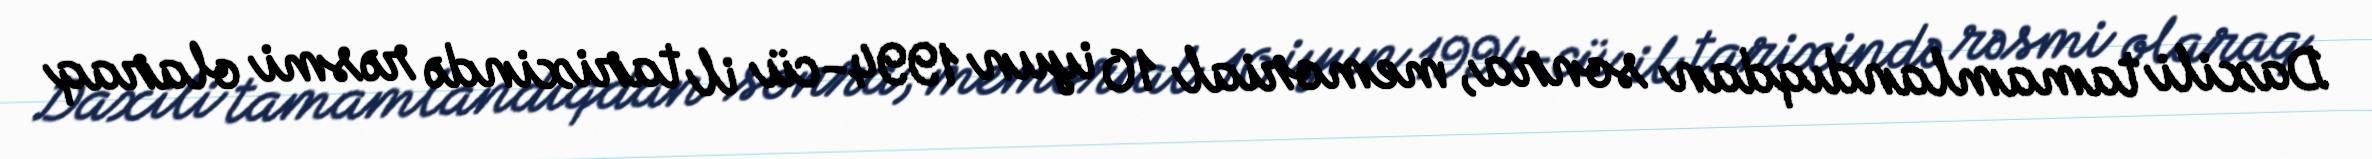
Daxili tamamlandıqdan sonra, memorial 10 iyun 1994-cü il tarixində rəsmi olaraq